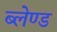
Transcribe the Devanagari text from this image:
ब्लेण्ड